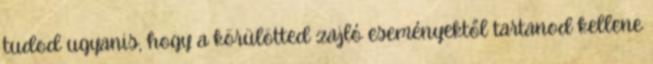
tudod ugyanis, hogy a körülötted zajló eseményektől tartanod kellene